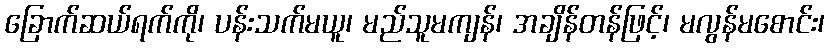
ခြောက်ဆယ်ရက်ကို၊ ပန်းသက်မယူ၊ မည်သူမကျန်၊ အချိန်တန်ဖြင့်၊ မလွန်မစောင်း၊